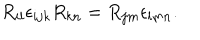
R _ { i l } \epsilon _ { i j k } R _ { k n } = R _ { j m } \epsilon _ { l m n } .